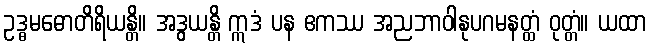
ဥဒ္ဓမဓောတိရိယန္တိ။ အဒွယန္တိ ဣဒံ ပန ဧကဿ အညဘာဝါနုပဂမနတ္ထံ ဝုတ္တံ။ ယထာ